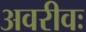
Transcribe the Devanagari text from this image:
अवरीवः